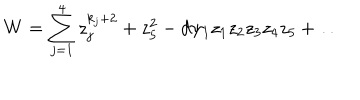
LaTeX: W = \sum _ { j = 1 } ^ { 4 } z _ { j } ^ { k _ { j } + 2 } + z _ { 5 } ^ { 2 } - d \psi _ { 1 } z _ { 1 } z _ { 2 } z _ { 3 } z _ { 4 } z _ { 5 } + \dots